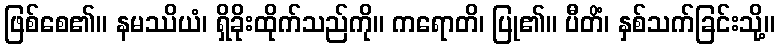
ဖြစ်စေ၏။ နမဿိယံ၊ ရှိခိုးထိုက်သည်ကို။ ကရောတိ၊ ပြု၏။ ပီတိံ၊ နှစ်သက်ခြင်းသို့။